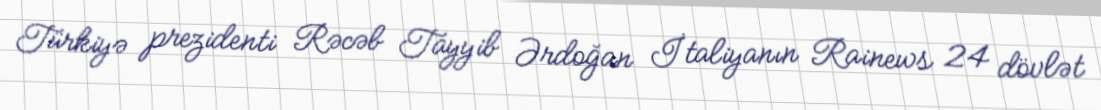
Türkiyə prezidenti Rəcəb Tayyib Ərdoğan İtaliyanın Rainews 24 dövlət